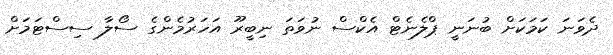
ދެވަނަ ކަމަކަށް ބުނަނީ ޕްލެނެޓް އެކްސް ނުވަތަ ނިބީރޫ އަހަރުމެންގެ ސޯލާ ސިސްޓަމަށް